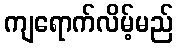
ကျရောက်လိမ့်မည်